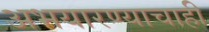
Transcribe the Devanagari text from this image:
अभयारण्याचाही